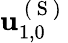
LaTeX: \mathbf{u}_{1,0}^{\mathrm{~(~S~)~}}